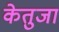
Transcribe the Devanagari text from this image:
केतुजा